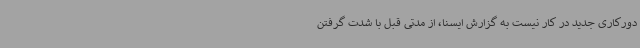
دورکاری جدید در کار نیست به گزارش ایسنا، از مدتی قبل با شدت گرفتن